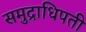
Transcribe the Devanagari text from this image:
समुद्राधिपती